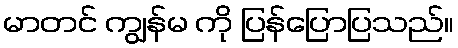
မာတင် ကျွန်မ ကို ပြန်ပြောပြသည်။